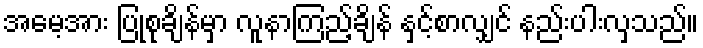
အမေ့အား ပြုစုချိန်မှာ လူနာကြည့်ချိန် နှင့်စာလျှင် နည်းပါးလှသည်။